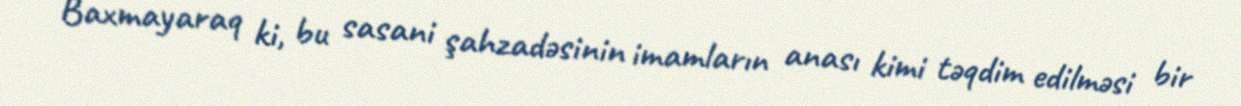
Baxmayaraq ki, bu sasani şahzadəsinin imamların anası kimi təqdim edilməsi bir